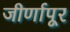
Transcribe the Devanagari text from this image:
जीर्णापूर